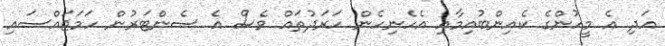
އަދި އެ މީހުންގެ ކެއިންބުއިމާއި އެހެނިހެން ހަރަދުތައް ވެސް އެ ސެންޓަރުން ހަމަޖައްސައި